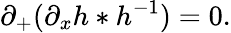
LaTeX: \partial_{+}(\partial_{x}h*h^{-1})=0.